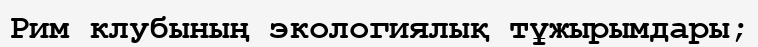
Рим клубының экологиялық тұжырымдары;